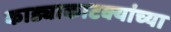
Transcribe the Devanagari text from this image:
काड्याकाटक्यांच्या